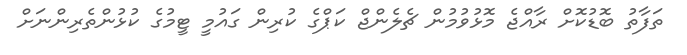
ތަފާތު ބޮޑުކޮށް ރާއްޖެ މޮޅުވުމުން ޗެލެންޖް ކަޕްގެ ކުރިން ގައުމީ ޓީމުގެ ކުޅުންތެރިންނަށް